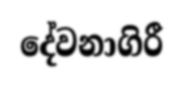
දේවනාගිරී